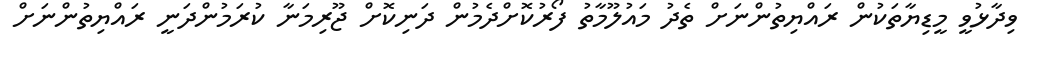
ވިދާޅުވީ މީޑިޔާތަކުން ރަައްޔިތުންނަށް ތެދު މައުލޫމާތު ފޯރުކޮށްދެމުން ދަނިކޮށް ޖޫރިމަނާ ކުރަމުންދަނީ ރައްޔިތުންނަށް